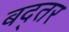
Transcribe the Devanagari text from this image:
बद्तर